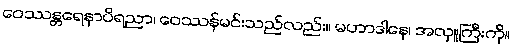
ဝေဿန္တရေနာပိရညာ၊ ဝေဿန်မင်းသည်လည်း။ မဟာဒါနေ၊ အလှူကြီးကို။